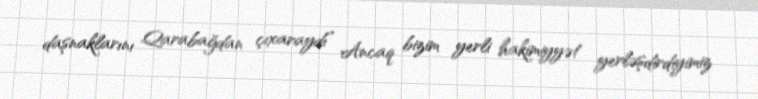
daşnaklarını Qarabağdan çıxaraydı” Ancaq bizim yerli hakimiyyət yerləşdirdiyimiz